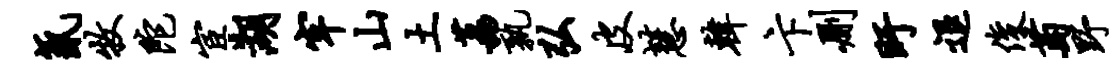
氤牧陀宦湖牢山土荔孰弘皮慧韩卞删盱退俊萄野